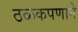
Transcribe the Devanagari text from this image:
ठळकपणाने